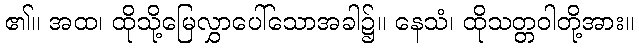
၏။ အထ၊ ထိုသို့မြေလွှာပေါ်သောအခါ၌။ နေသံ၊ ထိုသတ္တဝါတို့အား။